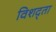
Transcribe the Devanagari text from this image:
विशद्ता